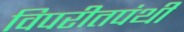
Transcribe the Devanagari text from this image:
विपरीतपंथी